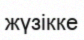
жүзікке